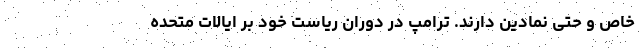
خاص و حتی نمادین دارند. ترامپ در دوران ریاست خود بر ایالات متحده